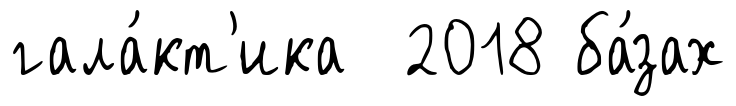
гала́кт'ика 2018 ба́зах